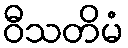
ဝီသတိမံ